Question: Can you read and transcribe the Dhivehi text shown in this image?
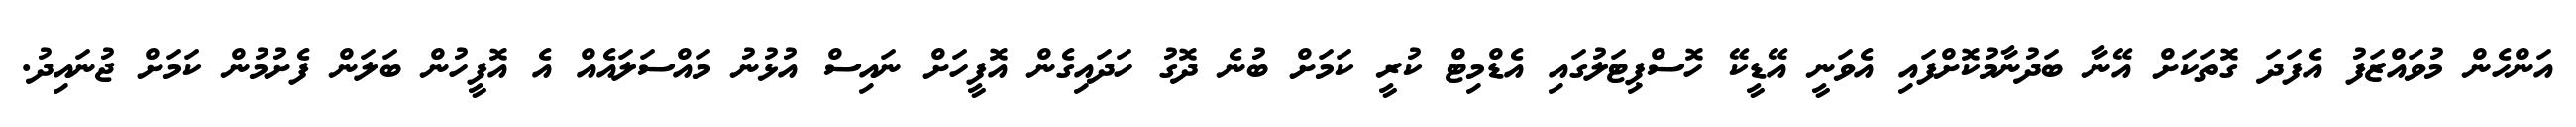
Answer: އަންހެން މުވައްޒަފު އެފަދަ ގޮތަކަށް އޭނާ ބަދުނާމުކޮށްފައި އެވަނީ އޭޑީކޭ ހޮސްޕިޓަލުގައި އެޑްމިޓް ކުރީ ކަމަށް ބުނެ ދޮގު ހަދައިގެން އޮފީހަށް ނައިސް އުޅުނު މައްސަލައެއް އެ އޮފީހުން ބަލަން ފެށުމުން ކަމަށް ޖުނައިދު.